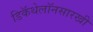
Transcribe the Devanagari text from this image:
डिकॅथेलॉनसारखी